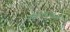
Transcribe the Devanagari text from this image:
अपराधीक्षेत्र